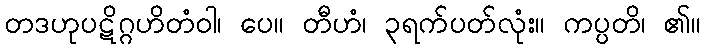
တဒဟုပဋိဂ္ဂဟိတံဝါ၊ ပေ။ တီဟံ၊ ၃ရက်ပတ်လုံး။ ကပ္ပတိ၊ ၏။